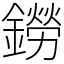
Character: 鐒